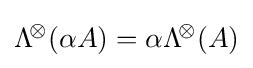
\mathrm {\Lambda } ^{\!\otimes }\!\left({\alpha A}\right)=\alpha \mathrm {\Lambda } ^{\!\otimes }\!\left({A}\right)